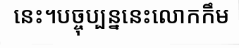
នេះ។បច្ចុប្បន្ននេះលោកកឹម